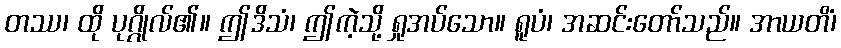
တဿ၊ ထို ပုဂ္ဂိုလ်၏။ ဤဒိသံ၊ ဤကဲ့သို့ ရှုအပ်သော။ ရူပံ၊ အဆင်းတော်သည်။ အာယတိံ၊